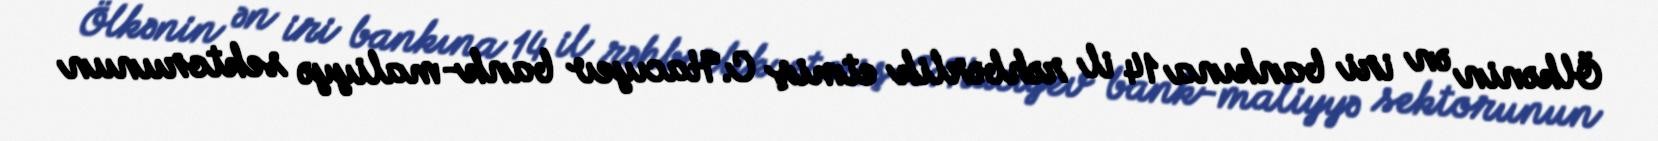
Ölkənin ən iri bankına 14 il rəhbərlik etmiş C.Hacıyev bank-maliyyə sektorunun